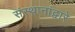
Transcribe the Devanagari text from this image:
संस्थानांद्वारे